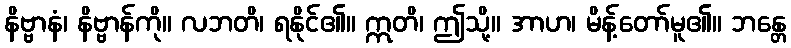
နိဗ္ဗာနံ၊ နိဗ္ဗာန်ကို။ လဘတိ၊ ရနိုင်၏။ ဣတိ၊ ဤသို့။ အာဟ၊ မိန့်တော်မူ၏။ ဘန္တေ